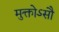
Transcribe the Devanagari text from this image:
मुक्तोऽसौ